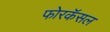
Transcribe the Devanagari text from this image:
फोरकॅसल